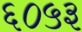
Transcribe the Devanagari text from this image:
६०५३